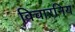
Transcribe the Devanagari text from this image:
विचारनिय